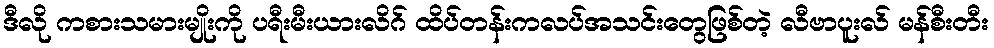
ဒီလို ကစားသမားမျိုးကို ပရီးမီးယားလိဂ် ထိပ်တန်းကလပ်အသင်းတွေဖြစ်တဲ့ လီဗာပူးလ် မန်စီးတီး